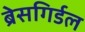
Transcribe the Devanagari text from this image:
ब्रेसगिर्डल